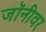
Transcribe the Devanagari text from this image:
जॉनीवर